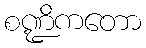
စဏ္ဍိကတော